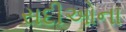
સદીઓના